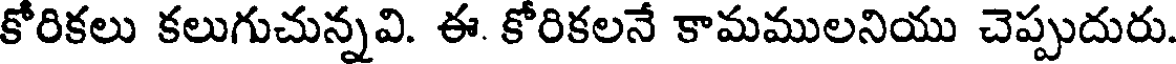
కోరికలు కలుగుచున్నవి. ఈ. కోరికలనే కామములనియు చెప్పుదురు.